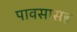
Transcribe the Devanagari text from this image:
पावसासह